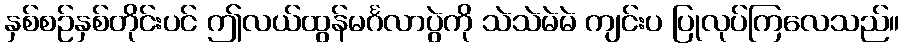
နှစ်စဉ်နှစ်တိုင်းပင် ဤလယ်ထွန်မင်္ဂလာပွဲကို သဲသဲမဲမဲ ကျင်းပ ပြုလုပ်ကြလေသည်။